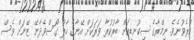
ކުރެވުނެވެ. ނިމްރާގެ ސިކުނޑިއަށް ބާރުކުރާ ވަރަކަށް އޭނާގެ ހާލު ގޯސްވެދާނޭ ޒޭނަށް ވެސް